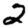
Digit: 2